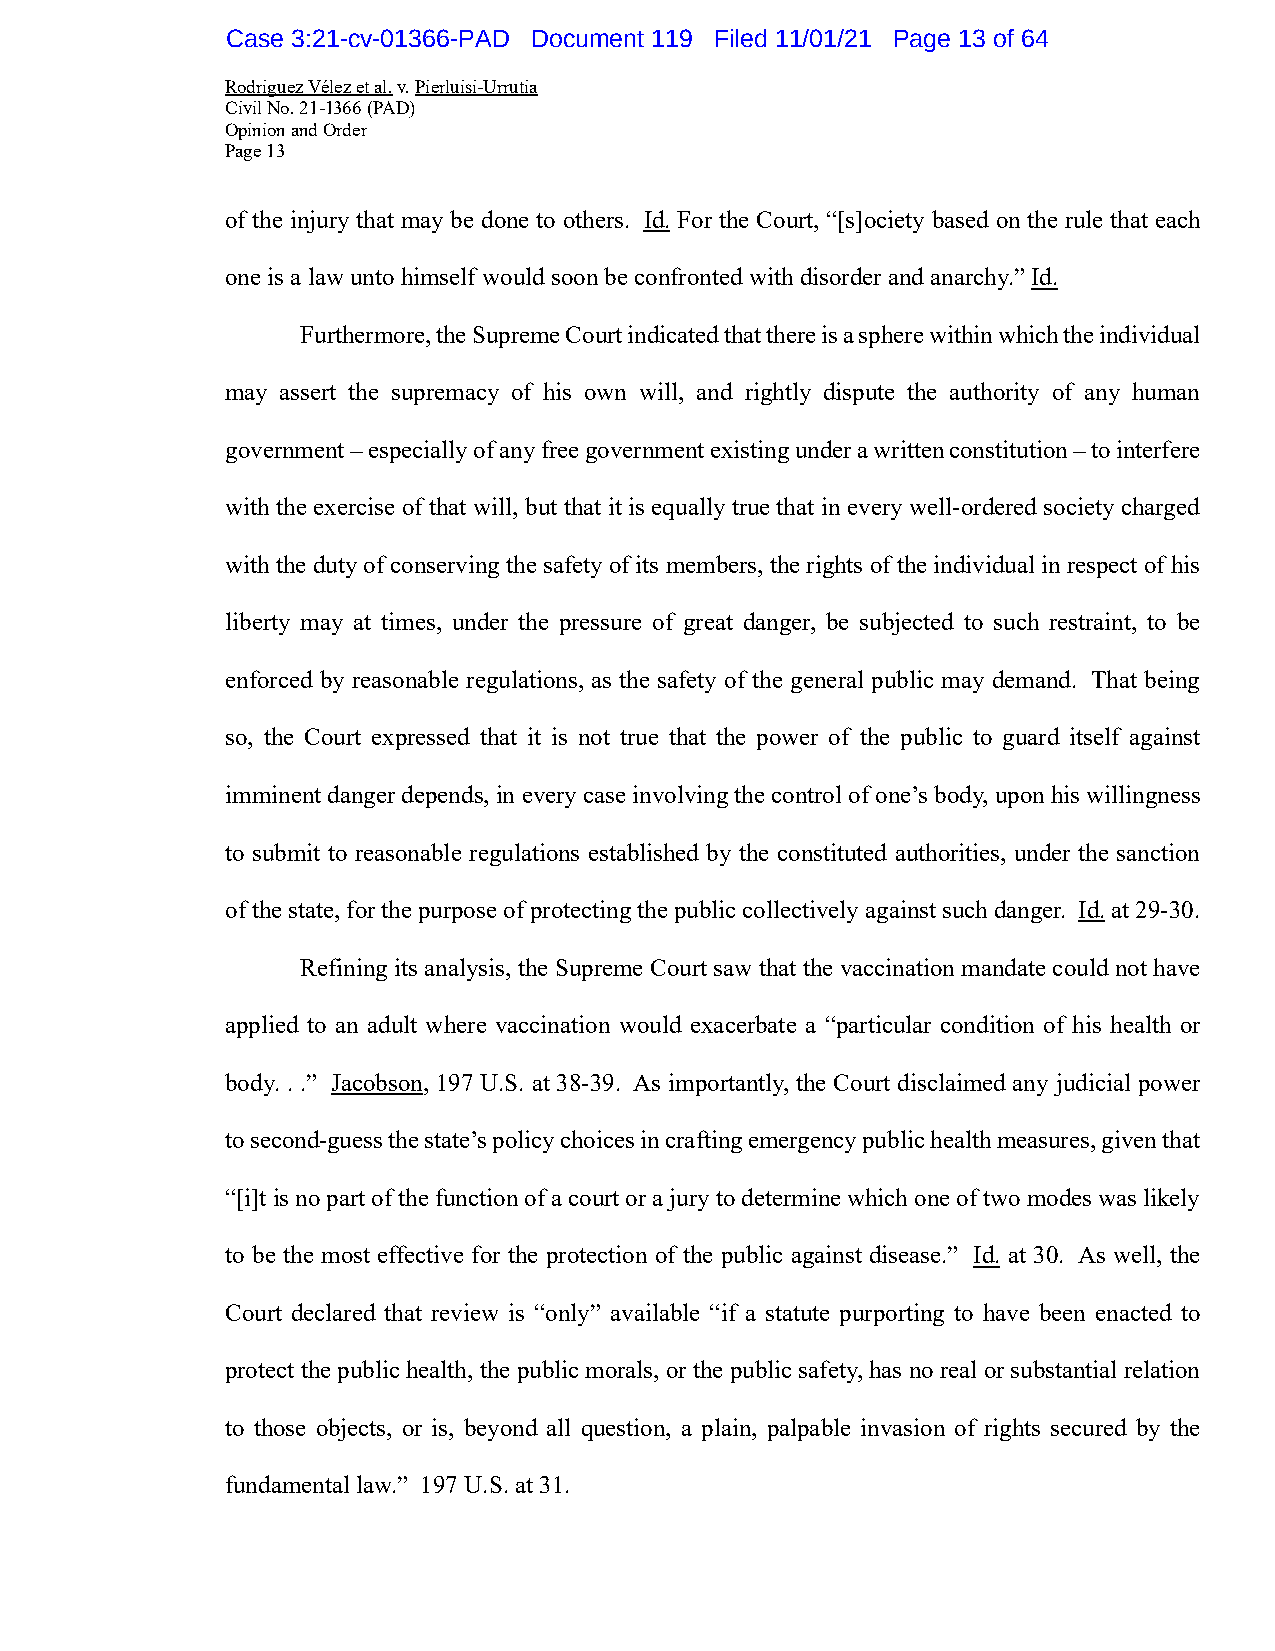
Case 3:21-cv-01366-PAD Document 119 Filed 11/01/21 Page 13 of 64
 Rodriguez Vélez et al. v. Pierluisi-Urrutia
 Civil No. 21-1366 (PAD)
 Opinion and Order
 Page 13
 of the injury that may be done to others. Id. For the Court, “[s]ociety based on the rule that each
 one is a law unto himself would soon be confronted with disorder and anarchy.” Id.
 Furthermore, the Supreme Court indicated that there is a sphere within which the individual
 may assert the supremacy of his own will, and rightly dispute the authority of any human
 government – especially of any free government existing under a written constitution – to interfere
 with the exercise of that will, but that it is equally true that in every well-ordered society charged
 with the duty of conserving the safety of its members, the rights of the individual in respect of his
 liberty may at times, under the pressure of great danger, be subjected to such restraint, to be
 enforced by reasonable regulations, as the safety of the general public may demand. That being
 so, the Court expressed that it is not true that the power of the public to guard itself against
 imminent danger depends, in every case involving the control of one’s body, upon his willingness
 to submit to reasonable regulations established by the constituted authorities, under the sanction
 of the state, for the purpose of protecting the public collectively against such danger. Id. at 29-30.
 Refining its analysis, the Supreme Court saw that the vaccination mandate could not have
 applied to an adult where vaccination would exacerbate a “particular condition of his health or
 body. . .” Jacobson, 197 U.S. at 38-39. As importantly, the Court disclaimed any judicial power
 to second-guess the state’s policy choices in crafting emergency public health measures, given that
 “[i]t is no part of the function of a court or a jury to determine which one of two modes was likely
 to be the most effective for the protection of the public against disease.” Id. at 30. As well, the
 Court declared that review is “only” available “if a statute purporting to have been enacted to
 protect the public health, the public morals, or the public safety, has no real or substantial relation
 to those objects, or is, beyond all question, a plain, palpable invasion of rights secured by the
 fundamental law.” 197 U.S. at 31.